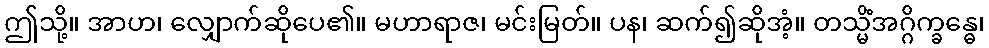
ဤသို့။ အာဟ၊ လျှောက်ဆိုပေ၏။ မဟာရာဇ၊ မင်းမြတ်။ ပန၊ ဆက်၍ဆိုအံ့။ တသ္မိံအဂ္ဂိက္ခန္ဓေ၊